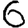
Digit: 6